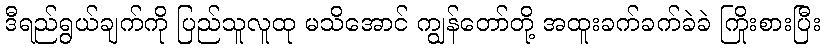
ဒီရည်ရွယ်ချက်ကို ပြည်သူလူထု မသိအောင် ကျွန်တော်တို့ အထူးခက်ခက်ခဲခဲ ကြိုးစားပြီး